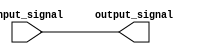
module ActiveHighBuffer(
    input wire input_signal,
    output reg output_signal
);

assign output_signal = input_signal;

endmodule